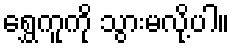
ရွှေကူကို သွားမလို့ပါ။